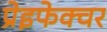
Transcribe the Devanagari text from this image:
प्रेइफेक्चर